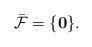
LaTeX: \begin{align*}\bar{\mathcal{F}}=\{\mathbf{0}\}. \end{align*}